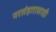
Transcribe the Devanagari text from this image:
नरसंहारासाठी